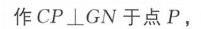
作 \(CP\perp GN\) 于点 \(P\)，